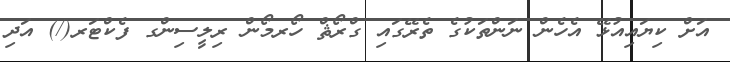
އަށް ކިޔައިއުޅޭ އެހެން ނަންތަކުގެ ތެރޭގައި ގްރޯޘް ހޯރމޯން ރިލީސިންގ ފެކްޓަރ(/) އަދި